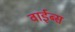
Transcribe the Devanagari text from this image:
वाईब्स